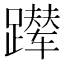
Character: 𬧑